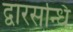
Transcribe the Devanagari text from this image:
द्वारसन्धि